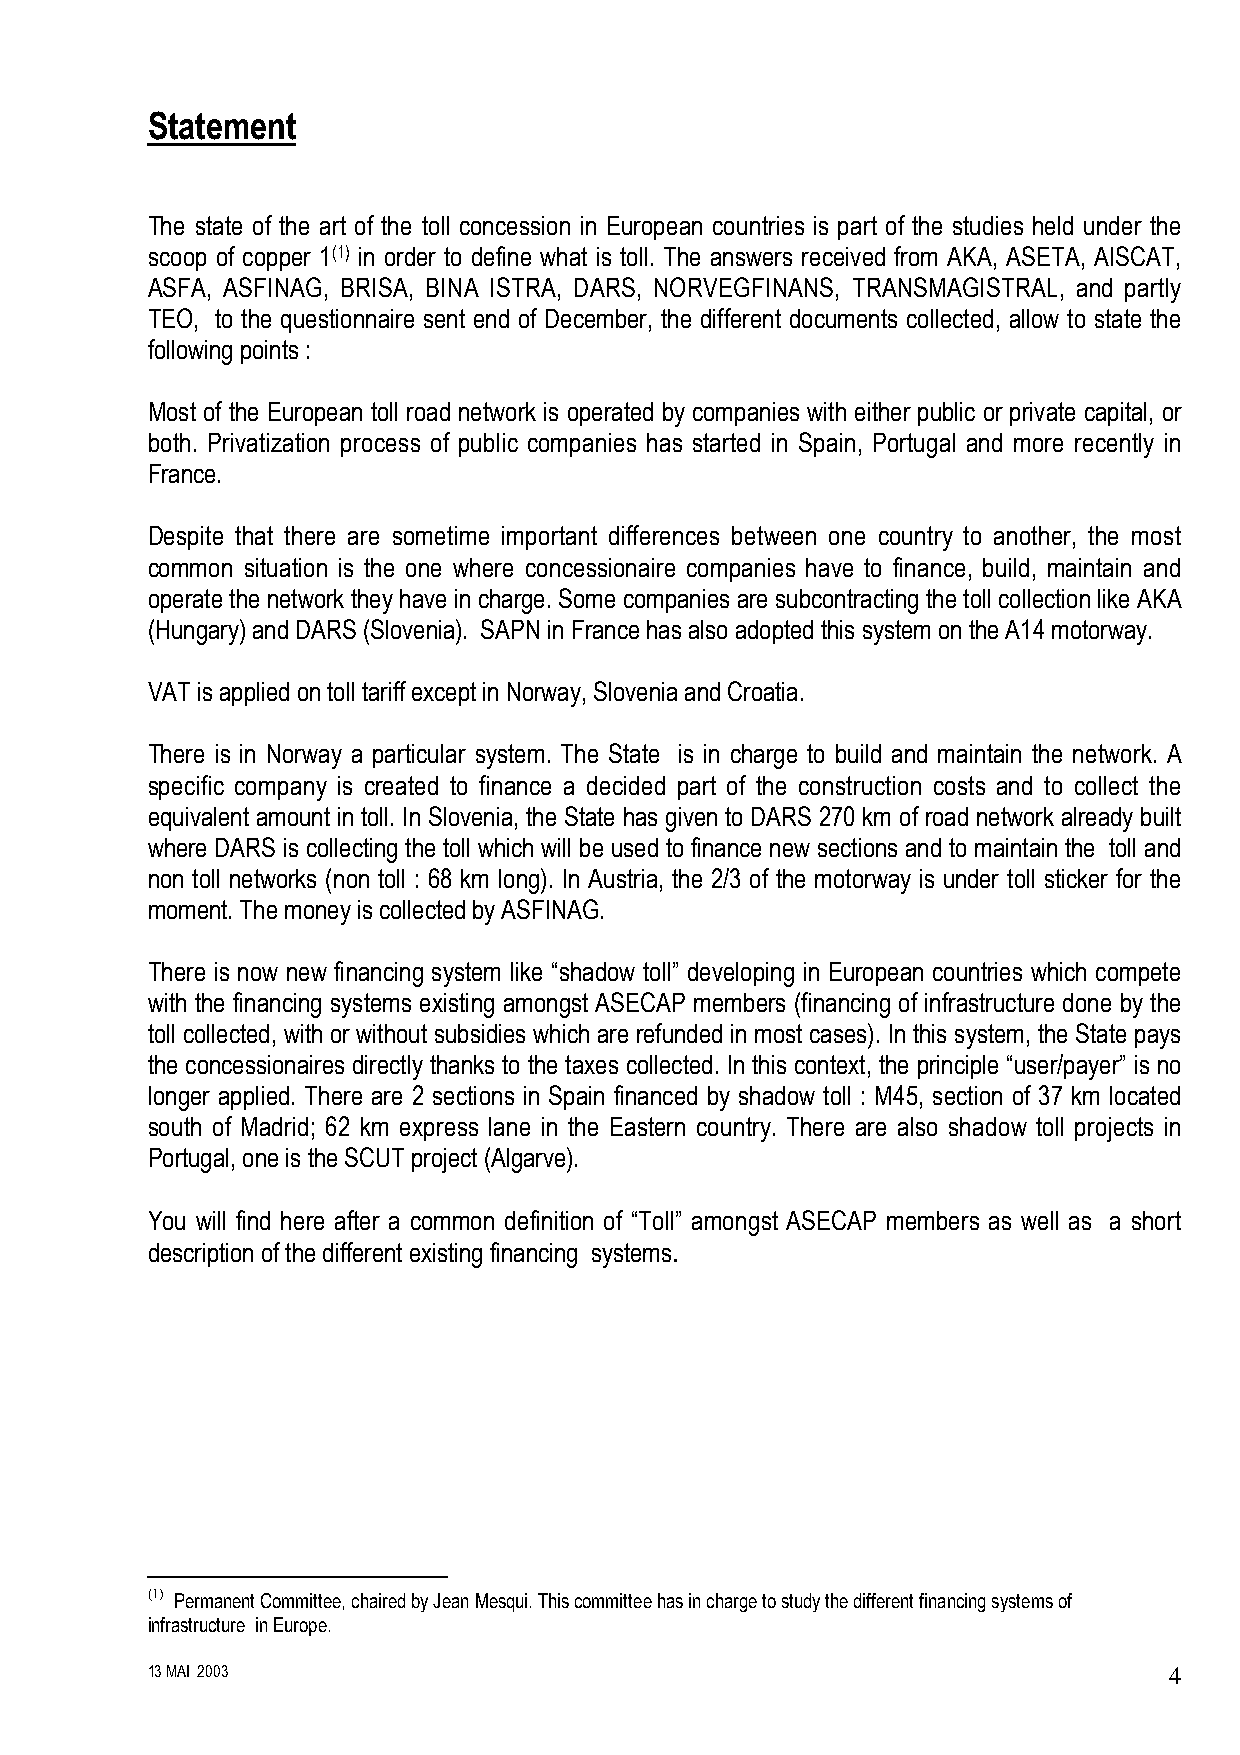
Statement
 The state of the art of the toll concession in European countries is part of the studies held under the
 scoop of copper 1(1) in order to define what is toll. The answers received from AKA, ASETA, AISCAT,
 ASFA, ASFINAG, BRISA, BINA ISTRA, DARS, NORVEGFINANS, TRANSMAGISTRAL, and partly
 TEO, to the questionnaire sent end of December, the different documents collected, allow to state the
 following points :
 Most of the European toll road network is operated by companies with either public or private capital, or
 both. Privatization process of public companies has started in Spain, Portugal and more recently in
 France.
 Despite that there are sometime important differences between one country to another, the most
 common situation is the one where concessionaire companies have to finance, build, maintain and
 operate the network they have in charge. Some companies are subcontracting the toll collection like AKA
 (Hungary) and DARS (Slovenia). SAPN in France has also adopted this system on the A14 motorway.
 VAT is applied on toll tariff except in Norway, Slovenia and Croatia.
 There is in Norway a particular system. The State is in charge to build and maintain the network. A
 specific company is created to finance a decided part of the construction costs and to collect the
 equivalent amount in toll. In Slovenia, the State has given to DARS 270 km of road network already built
 where DARS is collecting the toll which will be used to finance new sections and to maintain the toll and
 non toll networks (non toll : 68 km long). In Austria, the 2/3 of the motorway is under toll sticker for the
 moment. The money is collected by ASFINAG.
 There is now new financing system like “shadow toll” developing in European countries which compete
 with the financing systems existing amongst ASECAP members (financing of infrastructure done by the
 toll collected, with or without subsidies which are refunded in most cases). In this system, the State pays
 the concessionaires directly thanks to the taxes collected. In this context, the principle “user/payer” is no
 longer applied. There are 2 sections in Spain financed by shadow toll : M45, section of 37 km located
 south of Madrid; 62 km express lane in the Eastern country. There are also shadow toll projects in
 Portugal, one is the SCUT project (Algarve).
 You will find here after a common definition of “Toll” amongst ASECAP members as well as a short
 description of the different existing financing systems.
 (1) Permanent Committee, chaired by Jean Mesqui. This committee has in charge to study the different financing systems of
 infrastructure in Europe.
 13 MAI 2003                                                        4